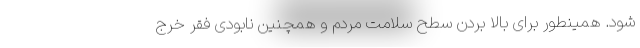
شود. همینطور برای بالا بردن سطح سلامت مردم و همچنین نابودی فقر خرج